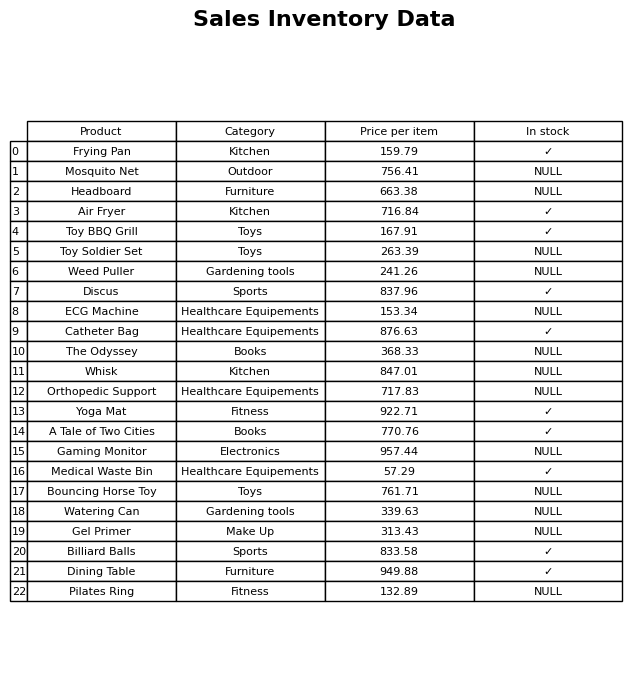
question: What is the price for The Odyssey?
answer: The price of The Odyssey is 368.33.